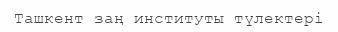
Ташкент заң институты түлектері